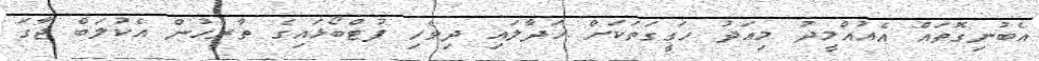
އެބުނިގޮތައް އެއުއްމީދު މިއަދު ހަގީގަތަކަށް ހަދާލައި ދިވެހި ފުޓްބޯޅައިގެ ތާރީހުން އެކުލަބް ޖާގަ